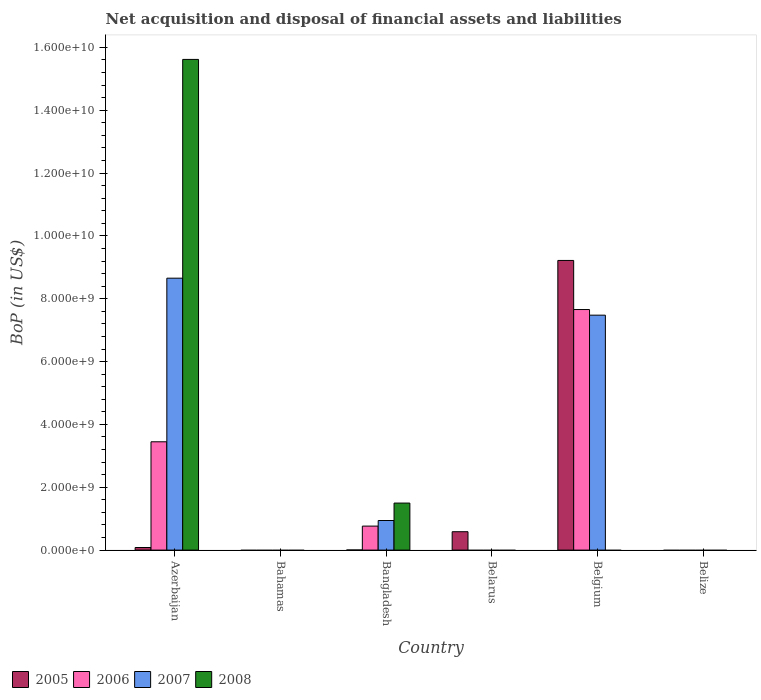
| Country | 2005 | 2006 | 2007 | 2008 |
 | --- | --- | --- | --- | --- |
 | Azerbaijan | 8.26e+07 | 3.45e+09 | 8.66e+09 | 1.56e+10 |
 | Bahamas | -9.11e+08 | -1.36e+09 | -1.08e+09 | -1.11e+09 |
 | Bangladesh | 3.42e+06 | 7.64e+08 | 9.42e+08 | 1.5e+09 |
 | Belarus | 5.85e+08 | -1.67e+09 | -2.48e+09 | -5.15e+09 |
 | Belgium | 9.22e+09 | 7.66e+09 | 7.48e+09 | -9.65e+09 |
 | Belize | -1.57e+08 | -2.43e+07 | -8.68e+07 | -1.48e+08 |